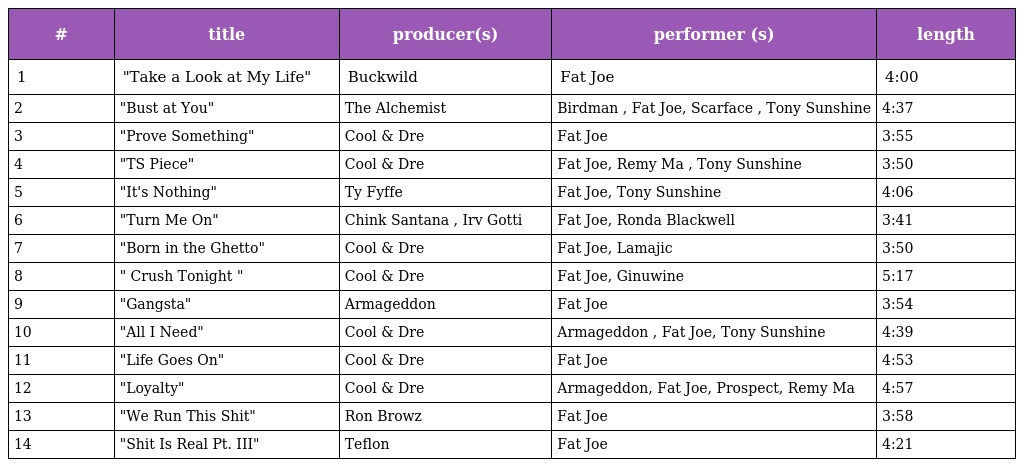
| # | title | producer(s) | performer (s) | length |
 | --- | --- | --- | --- | --- |
 | 1 | "Take a Look at My Life" | Buckwild | Fat Joe | 4:00 |
 | 2 | "Bust at You" | The Alchemist | Birdman , Fat Joe, Scarface , Tony Sunshine | 4:37 |
 | 3 | "Prove Something" | Cool & Dre | Fat Joe | 3:55 |
 | 4 | "TS Piece" | Cool & Dre | Fat Joe, Remy Ma , Tony Sunshine | 3:50 |
 | 5 | "It's Nothing" | Ty Fyffe | Fat Joe, Tony Sunshine | 4:06 |
 | 6 | "Turn Me On" | Chink Santana , Irv Gotti | Fat Joe, Ronda Blackwell | 3:41 |
 | 7 | "Born in the Ghetto" | Cool & Dre | Fat Joe, Lamajic | 3:50 |
 | 8 | " Crush Tonight " | Cool & Dre | Fat Joe, Ginuwine | 5:17 |
 | 9 | "Gangsta" | Armageddon | Fat Joe | 3:54 |
 | 10 | "All I Need" | Cool & Dre | Armageddon , Fat Joe, Tony Sunshine | 4:39 |
 | 11 | "Life Goes On" | Cool & Dre | Fat Joe | 4:53 |
 | 12 | "Loyalty" | Cool & Dre | Armageddon, Fat Joe, Prospect, Remy Ma | 4:57 |
 | 13 | "We Run This Shit" | Ron Browz | Fat Joe | 3:58 |
 | 14 | "Shit Is Real Pt. III" | Teflon | Fat Joe | 4:21 |